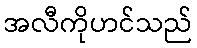
အလီကိုဟင်သည်